King Institute of Preventive Medicine Micro-Biological Section reports 1909-11
Year: 1909
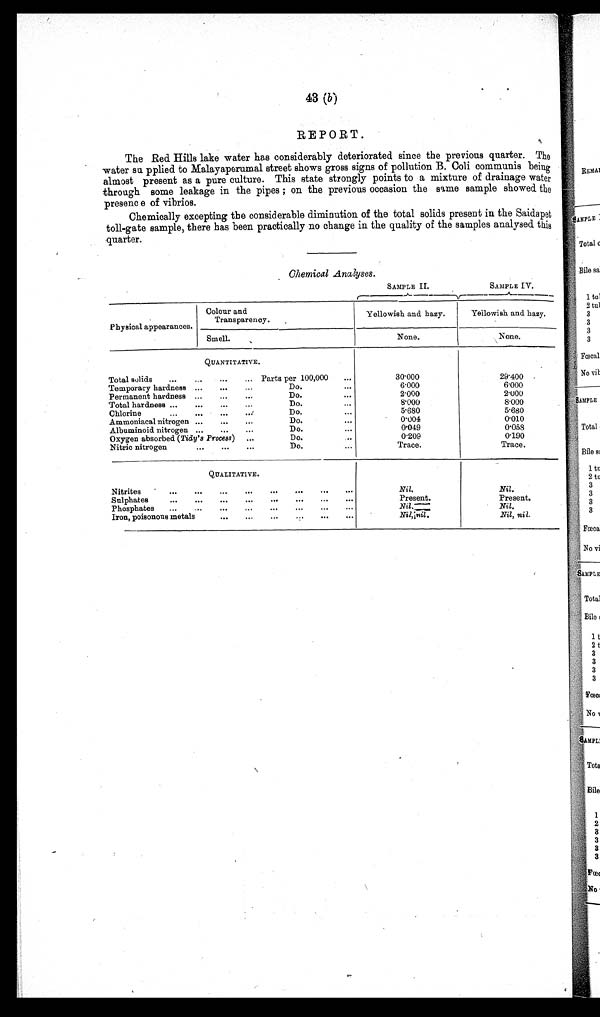
43 (b)
REPORT.
The Red. Hills lake water has considerably deteriorated since the previous quarter. The
water supplied to Malayaperumal street shows gross signs of pollution B. Coli communis being
almost present as a pure culture. This state strongly points to a mixture of drainage water
through some leakage in the pipes ; on the previous occasion the same sample showed the
presence of vibrios.
Chemically excepting the considerable diminution of the total solids present in the Saidapet
toll-gate sample, there has been practically no change in the quality of the samples analysed this
quarter.
Chemical Analyses.
SAMPLE II.
SAMPLE IV.
P hysical appearances.
Colour and
Transparency.
Yellowish and hazy.
Yellowish and hazy.
Smell.
None.
None.
QUANTITATIVE.
Total solids
Parts per 100,000
30·000
2 9 · 4 0 0
Temporary hardness
Do.
6·000
6.000
Permanent hardness
Do.
2·000
2·000
Total hardness
Do.
8·000
8·000
Chlorine
Do.
5·680
5·680
Ammoniacal nitrogen
Do.
0 ·
. 0 0 4
0·010
Albuminoid nitrogen
Do.
0·049
0·058
Oxygen absorbed (Tidy's Process)
Do.
0·209
0·190
Nitric nitrogen
Do.
Trace.
Trace.
QUALITATIVE.
Nitrites
Nil.
Nil.
Sulphates
Present.
Present.
Phosphates
N i l .
N i l .
Iron, poisonous metals
N i l , n i l .
Nil, nil.